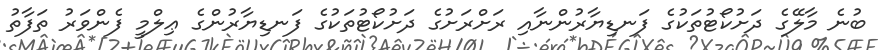
ބުނެ މާލޭގެ ދަށުކޯޓުތަކުގެ ފަނޑިޔާރުންނާއި ރަށްރަށުގެ ދަށުކޯޓުތަކުގެ ފަނޑިޔާރުންގެ ޢިލްމީ ފެންވަރު ތަފާތު